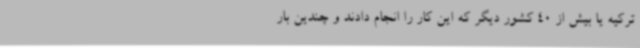
ترکیه یا بیش از 40 کشور دیگر که این کار را انجام دادند و چندین بار